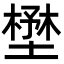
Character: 𡐨